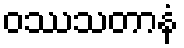
ဝဿသတာနံ